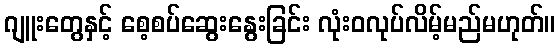
ဂျူးတွေနှင့် စေ့စပ်ဆွေးနွေးခြင်း လုံးဝလုပ်လိမ့်မည်မဟုတ်။